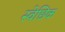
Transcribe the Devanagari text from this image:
स्वेछिक